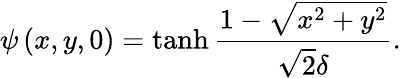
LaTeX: \psi\left(x,y,0\right)=\operatorname{tanh}\frac{1-\sqrt{x^{2}+y^{2}}}{\sqrt{2}\delta}.